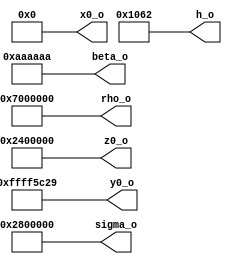
// Name: rom.v
//
// ROM with all required values A(a , b ) = A(9,22)
module rom #(
   parameter Width = 32
) (
    output [Width-1:0] sigma_o,
    output [Width-1:0] beta_o,
    output [Width-1:0] rho_o,
	output [Width-1:0] h_o,
	output [Width-1:0] x0_o,
	output [Width-1:0] y0_o,
	output [Width-1:0] z0_o
);

  assign sigma_o = 32'b00000010100000000000000000000000; //   10.0000000000000000000000000
  assign   rho_o = 32'b00000111000000000000000000000000; //   28.0000000000000000000000000
  assign  beta_o = 32'b00000000101010101010101010101010; //    2.6666665077209472656250000
  assign     h_o = 32'b00000000000000000001000001100010; //    0.0009999275207519531250000
  assign    x0_o = 32'b00000000000000000000000000000000; //    0.0000000000000000000000000
  assign    y0_o = 32'b11111111111111110101110000101001; //   -0.0099999904632568359375000
  assign    z0_o = 32'b00000010010000000000000000000000; //    9.0000000000000000000000000

endmodule